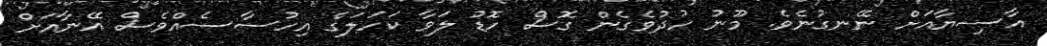
އާސިޔާއަށް ނޭނގުނެވެ. މޫނު ހުދުވެގެން ގޮސް ހޮޑު ލަވާ ކަހަލަގެ އިހުސާސެއްވެސް އޭނާއަށް